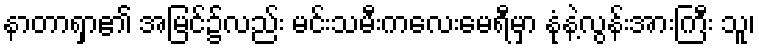
နာတာရှာ၏ အမြင်၌လည်း မင်းသမီးကလေးမေရီမှာ နုံနဲ့လွန်းအားကြီး သူ၊